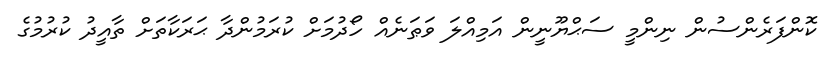
ކޮންފަރެންސުން ނިންމީ ސަޙްޔޫނީން އަމިއްލަ ވަޠަނެއް ހޯދުމަށް ކުރަމުންދާ ޙަރަކާތަށް ތާއީދު ކުރުމުގެ